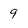
Character: 9